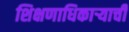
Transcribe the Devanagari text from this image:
शिक्षणाधिकाऱ्याची